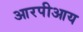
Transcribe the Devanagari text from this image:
आरपीआय